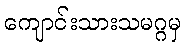
ကျောင်းသားသမဂ္ဂမှ